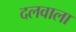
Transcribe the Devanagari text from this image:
दलवाला